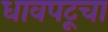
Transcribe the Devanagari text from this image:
धावपटूचा